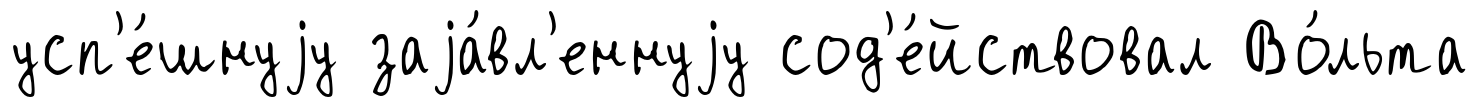
усп'е́шнуjу заjа́вл'еннуjу сод'е́йствовал Во́льта